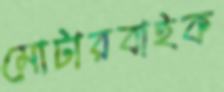
মোটারবাইক